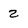
Character: 2